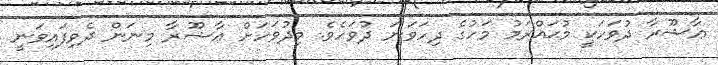
ޢާޝޫރާ ދުވަހަކީ މުޙައްރަމު މަހުގެ ދިހަވަނަ ދުވަހެވެ. މިދުވަހަށް ޢާޝޫރާ މިނަން ދެވިފައިވަނީ